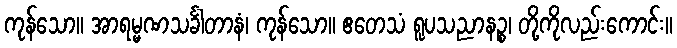
ကုန်သော။ အာရမ္မဏသင်္ခါတာနံ၊ ကုန်သော။ ဧတေသံ ရူပသညာနဉ္စ၊ တို့ကိုလည်းကောင်း။